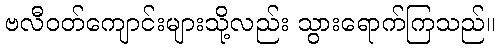
ဗလီဝတ်ကျောင်းများသို့လည်း သွားရောက်ကြသည်။